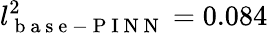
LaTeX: l_{\mathrm{~b~a~s~e~-~P~I~N~N~}}^{2}=0.084